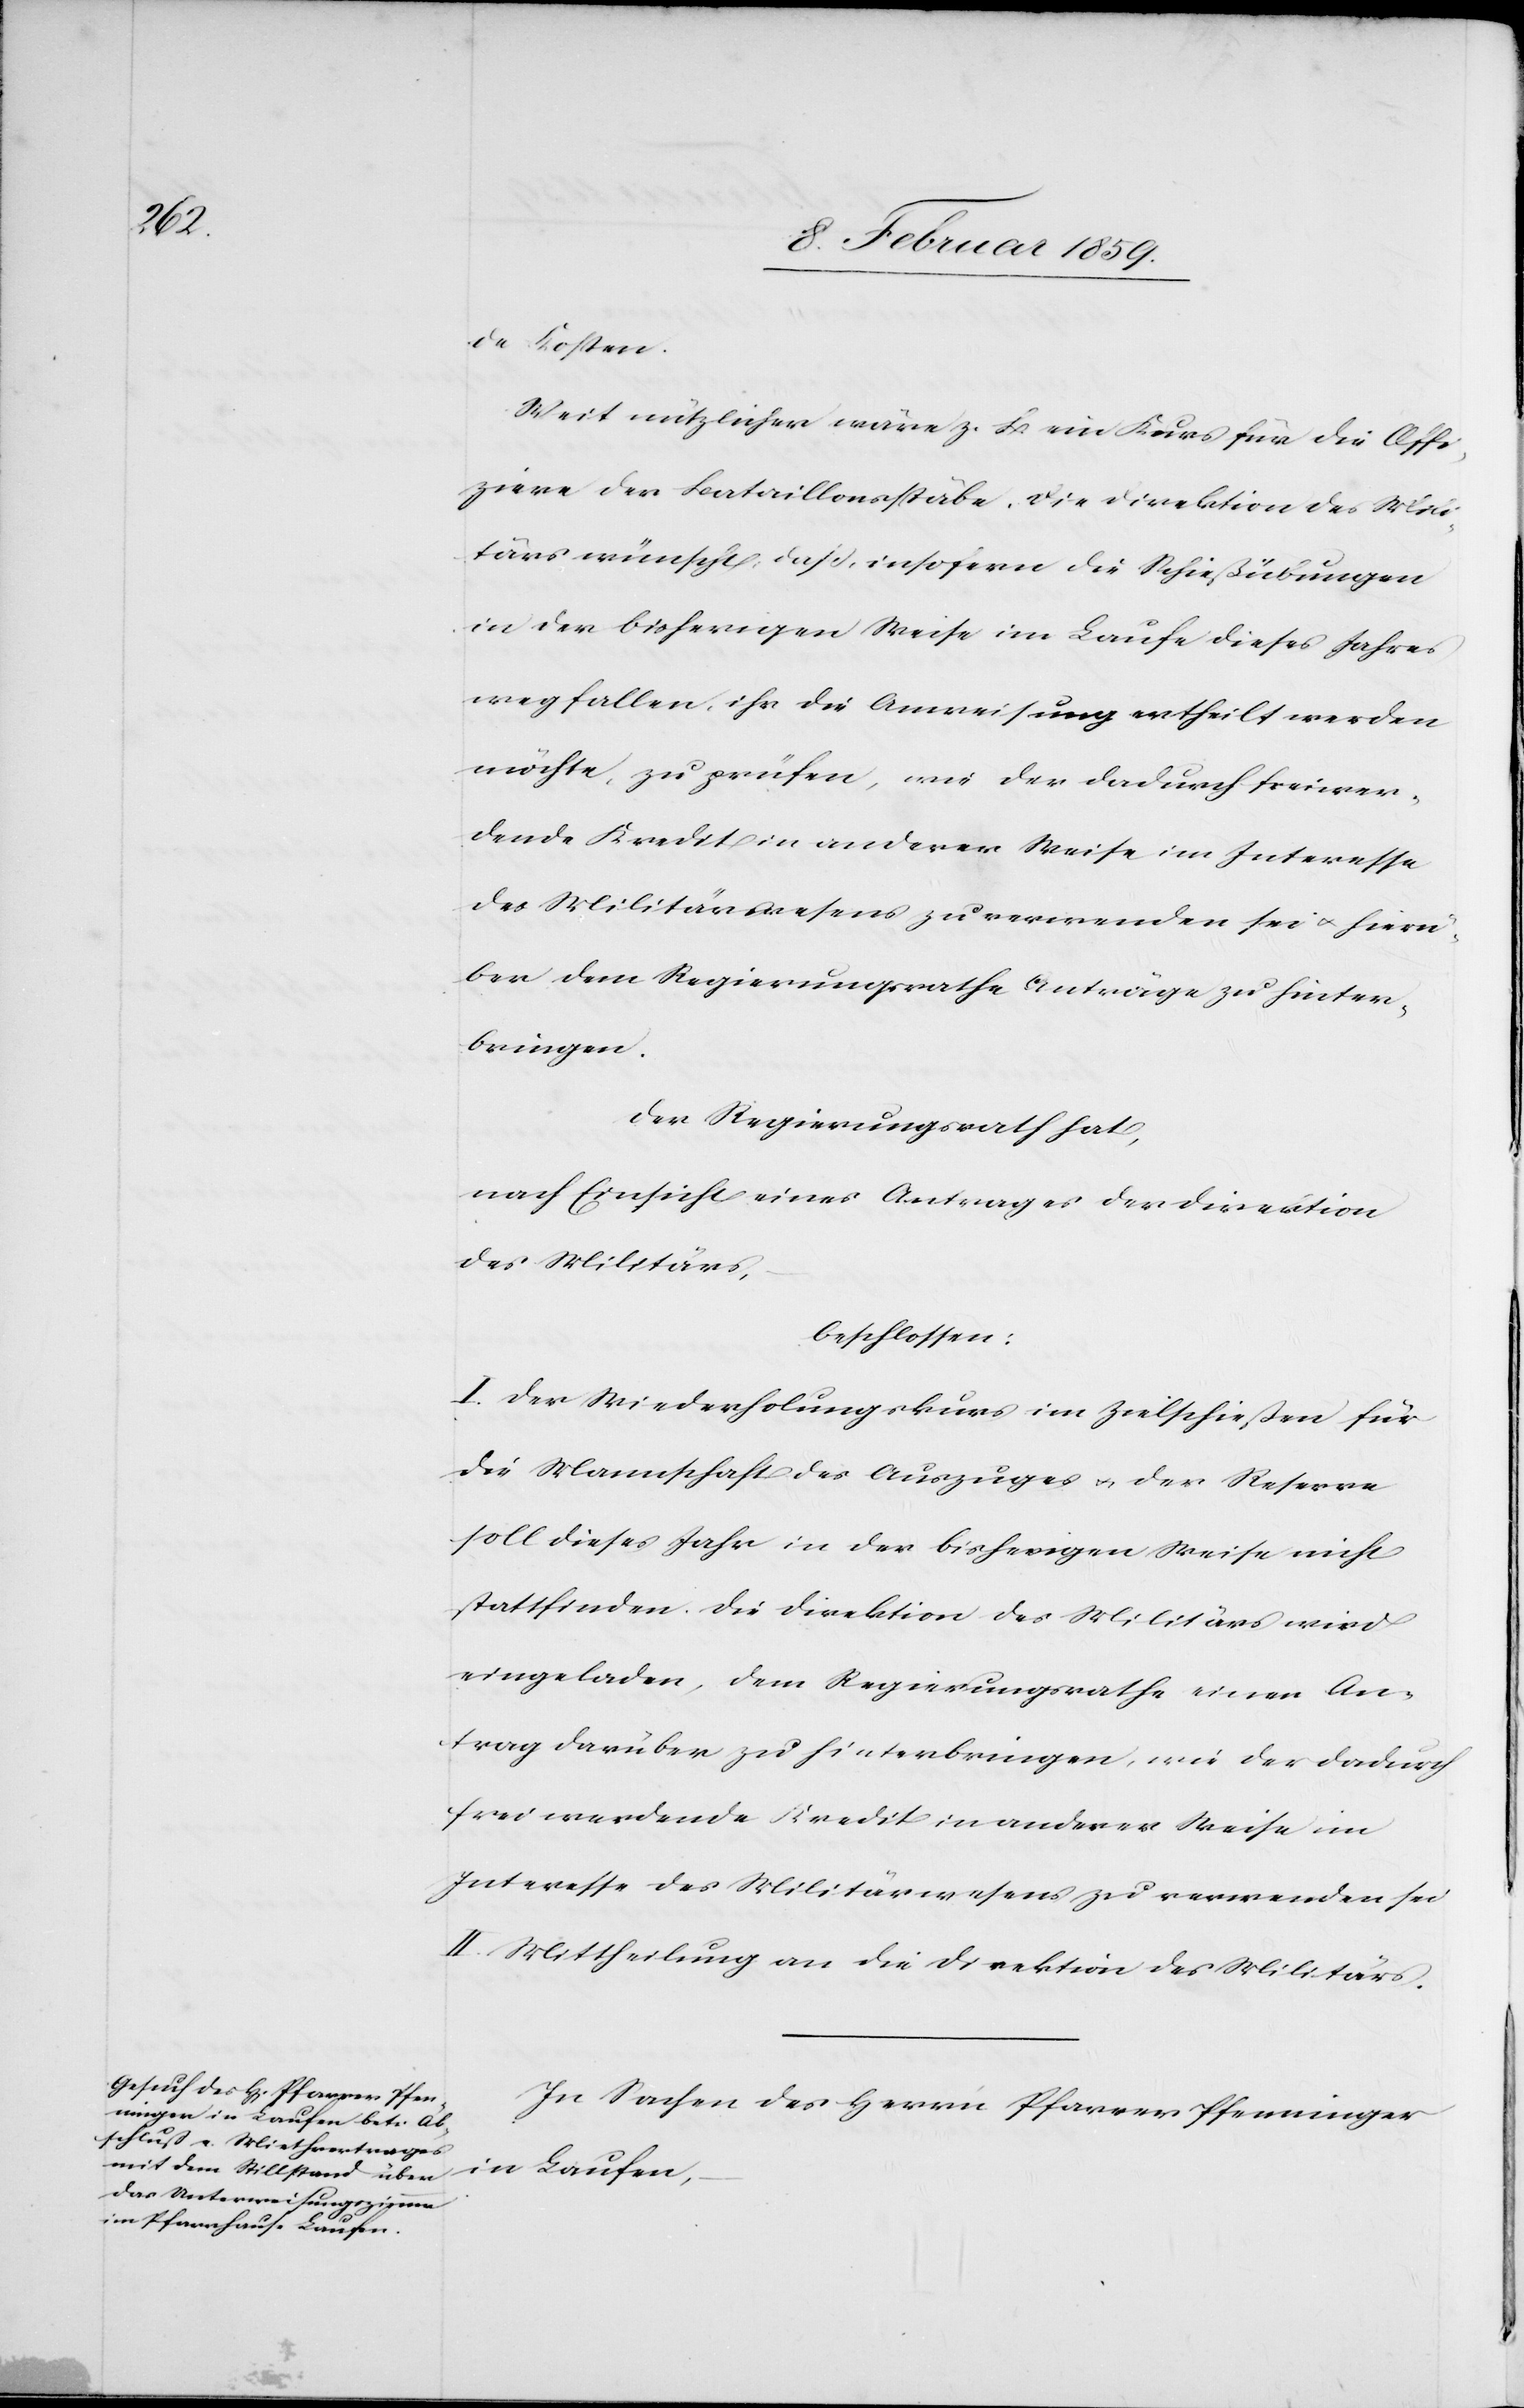
in

de Kosten.
Weit nützlicher wäre z.B. ein Kurs für die Offi¬
ziere der Bataillonsstäbe. Die Direktion des Mili¬
tärs wünscht, daß, insofern die Schießübungen
in der bisherigen Weise im Laufe dieses Jahres
wegfallen, ihr die Anweisung ertheilt werden
möchte, zu prüfen, wie der dadurch freiwer¬
dende Kredit in anderer Weise im Interesse
des Militärwesens zu verwenden sei u. hierü¬
ber dem Regierungsrathe Anträge zu hinter¬
bringen.
Der Regierungsrath hat,
nach Einsicht eines Antrages der Direktion
des Militärs,
beschlossen:
I. Der Wiederholungskurs im Zielschießen für
die Mannschaft des Auszuges u. der Reserve
soll dieses Jahr in der bisherigen Weise nicht
stattfinden. Die Direktion des Militärs wird
eingeladen, dem Regierungsrath einen An¬
trag darüber zu hinterbringen, wie der dadurch
frei werdende Kredit in anderer Weise im
Interesse des Militärwesens zu verwenden sei.
II. Mittheilung an die Direktion des Militärs.
In Sachen des Herrn Pfarrer Pfenninger